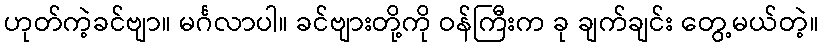
ဟုတ်ကဲ့ခင်ဗျာ။ မင်္ဂလာပါ။ ခင်ဗျားတို့ကို ဝန်ကြီးက ခု ချက်ချင်း တွေ့မယ်တဲ့။